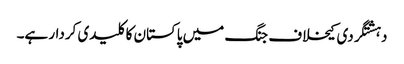
دہشتگردی کیخلاف جنگ میں پاکستان کا کلیدی کردار ہے۔